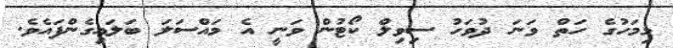
މިމަހުގެ ހަތް ވަނަ ދުވަހު ސިވިލް ކޯޓުން ވަނީ އެ މައްސަލަ ބަލައިގެންފައެވެ.